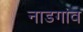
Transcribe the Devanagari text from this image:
नाडगांव